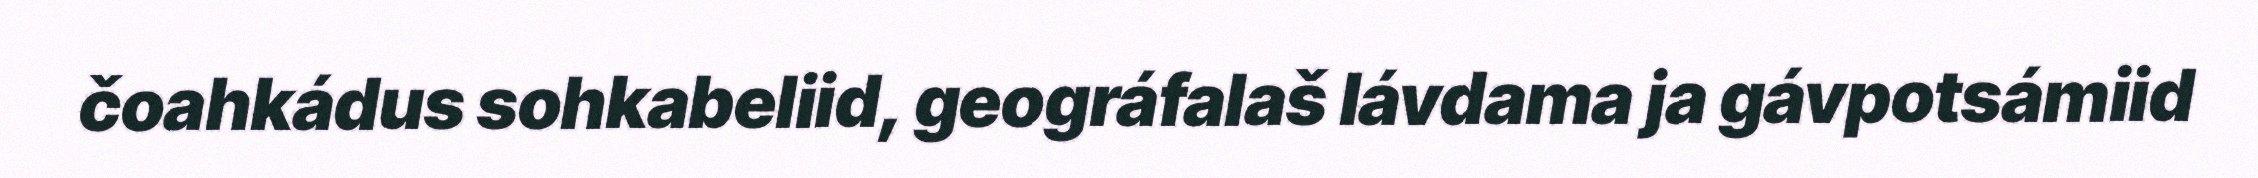
čoahkádus sohkabeliid, geográfalaš lávdama ja gávpotsámiid